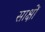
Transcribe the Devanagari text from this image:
साक्षों